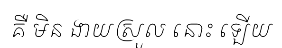
គឺ មិន ងាយស្រួល នោះ ឡើយ